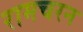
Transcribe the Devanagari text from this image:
रामचरन